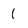
Character: 1